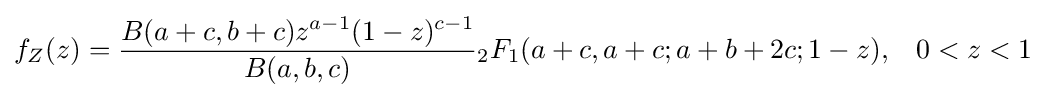
f_{Z}(z)={\frac {B(a+c,b+c)z^{a-1}(1-z)^{c-1}}{B(a,b,c)}}{_{2}F_{1}}(a+c,a+c;a+b+2c;1-z),\;\;\;0<z<1